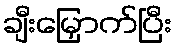
ချီးမြှောက်ပြီး